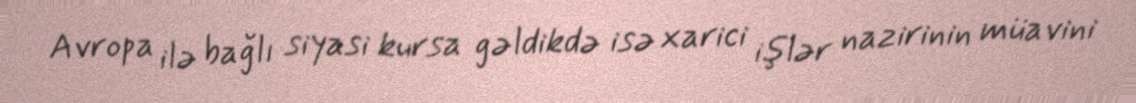
Avropa ilə bağlı siyasi kursa gəldikdə isə xarici işlər nazirinin müavini